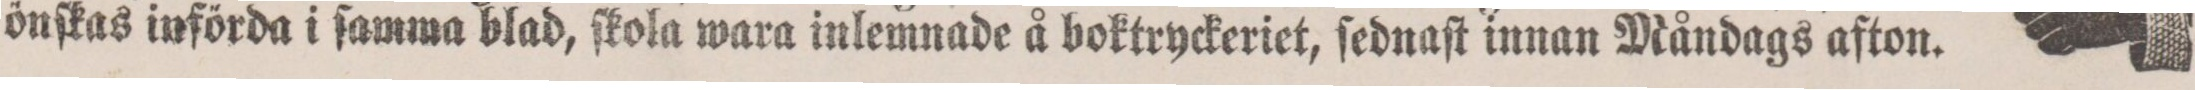
önſkas införda i ſamma blad, ſkola wara inlemnade å boktryckeriet, ſednaſt innan Måndags afton.